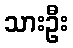
သားဦး